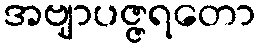
အဗျာပဇ္ဇရတော